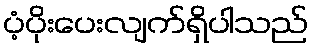
ပံ့ပိုးပေးလျက်ရှိပါသည်